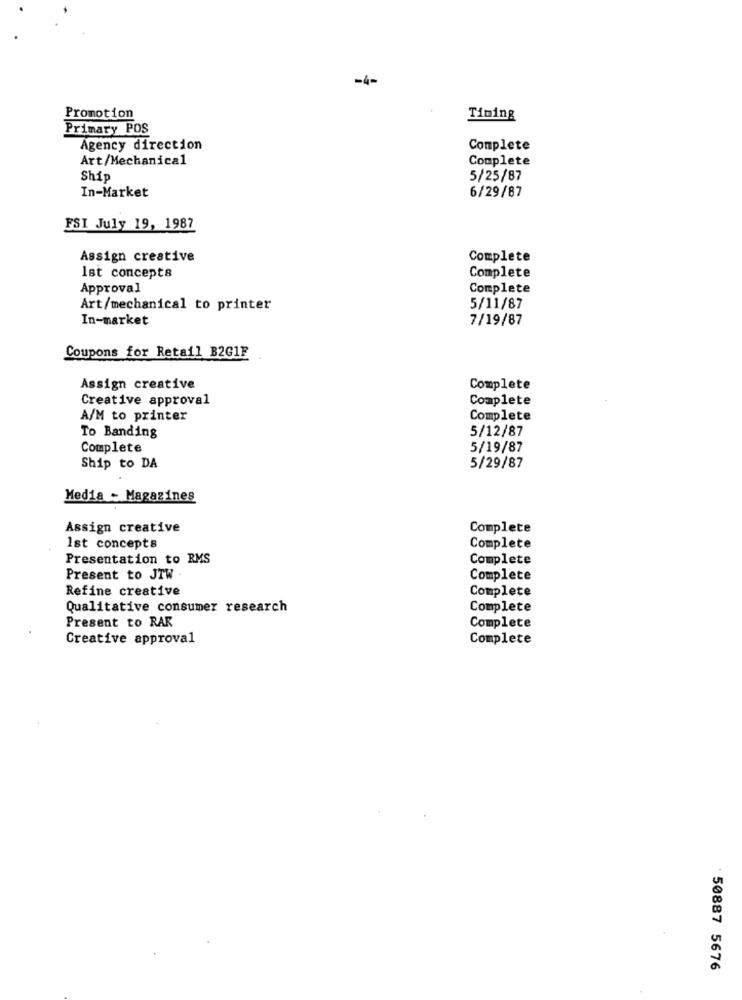
-4-
Promotion
Timing
Primary POS
Agency direction
Complete
Art/Mechanical
Complete
Ship
5/25/87
In-Market
6/29/87
FSI July 19, 1987
Assign creative
Complete
Complete
Ist concepts
Approval
Complete
Art/mechanical to printer
5/11/87
In-market
7/19/87
Coupons for Retail B2G1F
Assign creative
Complete
Creative approval
Complete
A/M to printer
Complete
To Banding
5/12/87
Complete
5/19/87
Ship to DA
5/29/87
Media - Magazines
Assign creative
Complete
Ist concepts
Complete
Presentation to RMS
Complete
Present to JTW .
Complete
Refine creative
Complete
Qualitative consumer research
Complete
Present to RAK
Complete
Creative approval
Complete
50887 5676